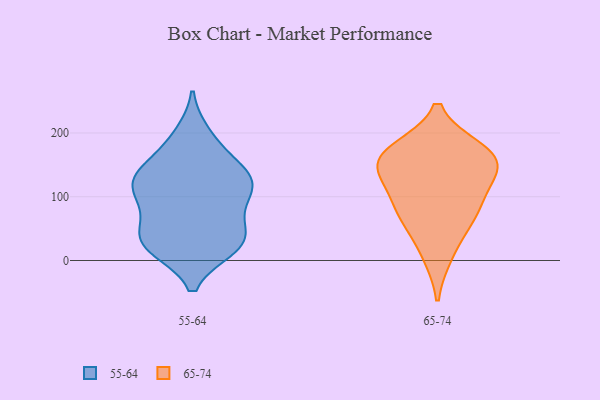
{"axis": {"x": "Backlog", "y": "Value"}, "legend": ["55-64", "65-74"], "data": [{"x": "", "y": 184, "type": "55-64"}, {"x": "", "y": 114, "type": "55-64"}, {"x": "", "y": 197, "type": "55-64"}, {"x": "", "y": 139, "type": "55-64"}, {"x": "", "y": 28, "type": "55-64"}, {"x": "", "y": 128, "type": "55-64"}, {"x": "", "y": 101, "type": "55-64"}, {"x": "", "y": 131, "type": "55-64"}, {"x": "", "y": 20, "type": "55-64"}, {"x": "", "y": 126, "type": "55-64"}, {"x": "", "y": 27, "type": "55-64"}, {"x": "", "y": 146, "type": "55-64"}, {"x": "", "y": 54, "type": "55-64"}, {"x": "", "y": 102, "type": "55-64"}, {"x": "", "y": 29, "type": "55-64"}, {"x": "", "y": 20, "type": "55-64"}, {"x": "", "y": 85, "type": "55-64"}, {"x": "", "y": 46, "type": "55-64"}, {"x": "", "y": 144, "type": "65-74"}, {"x": "", "y": 163, "type": "65-74"}, {"x": "", "y": 91, "type": "65-74"}, {"x": "", "y": 66, "type": "65-74"}, {"x": "", "y": 152, "type": "65-74"}, {"x": "", "y": 71, "type": "65-74"}, {"x": "", "y": 173, "type": "65-74"}, {"x": "", "y": 121, "type": "65-74"}, {"x": "", "y": 10, "type": "65-74"}, {"x": "", "y": 167, "type": "65-74"}]}